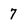
Character: 7